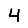
Digit: 4